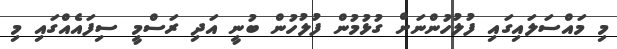
މި މައްސަލައިގައި ފުލުހުންނަށް ގުޅުމުން ފުލުހުން ބުނީ އަދި ރަސްމީ ސިފައެއްގައި މި